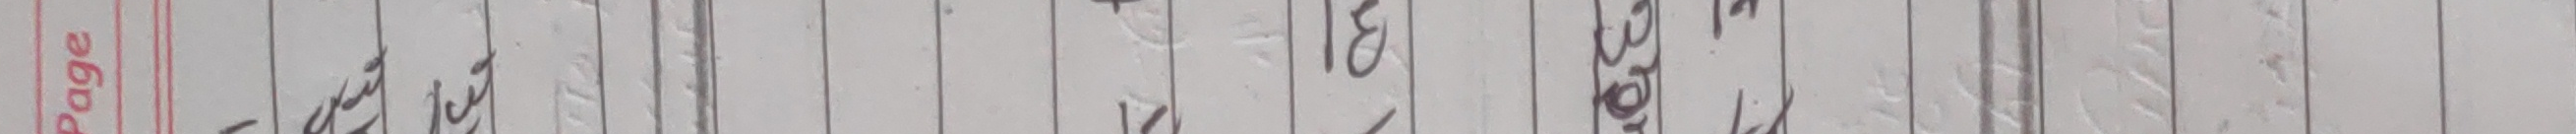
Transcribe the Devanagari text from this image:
सङ्गेत ३१ गते बाट